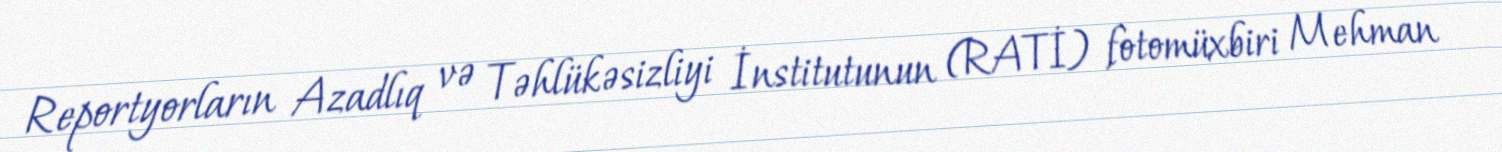
Reportyorların Azadlıq və Təhlükəsizliyi İnstitutunun (RATİ) fotomüxbiri Mehman